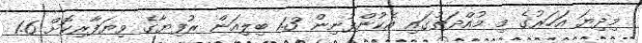
މިދިޔަ އަހަރުގެ މި މުއްދަތުގައި އެކުންފުނިން 1.3 ބިލިއަން ރުފިޔާގެ ވިޔަފާރިކޮށް 1.6